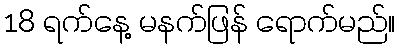
18 ရက်နေ့ မနက်ဖြန် ရောက်မည်။